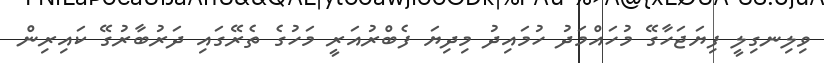
ވިލިނގިލީ ފިޔަޖަހާގޭ މުހައްމަދު ހުމައިދު މިދިޔަ ފެބްރުއަރީ މަހުގެ ތެރޭގައި ދަރުބާރުގޭ ކައިރިން